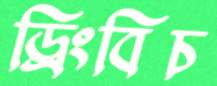
ড্রিংবিচ